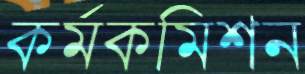
কর্মকমিশন